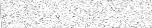
٧